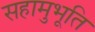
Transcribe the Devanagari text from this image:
सहामुभूति